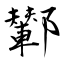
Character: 鄻